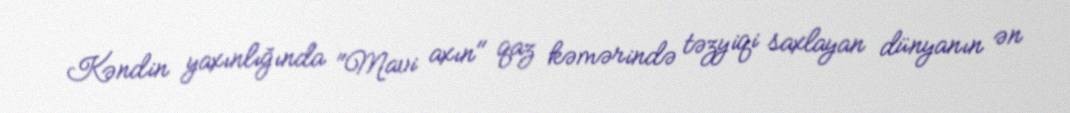
Kəndin yaxınlığında "Mavi axın" qaz kəmərində təzyiqi saxlayan dünyanın ən